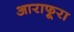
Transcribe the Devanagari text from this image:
आराफूरा